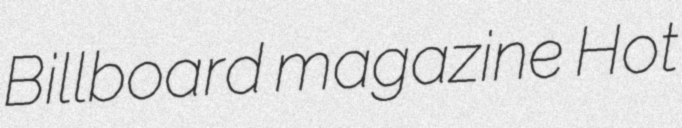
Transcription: Billboard magazine Hot